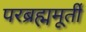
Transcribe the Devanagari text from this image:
परब्रह्ममूर्ती